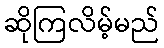
ဆိုကြလိမ့်မည်